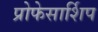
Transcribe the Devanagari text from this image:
प्रोफेसार्शिप